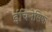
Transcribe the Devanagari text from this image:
ईचिनेसिया